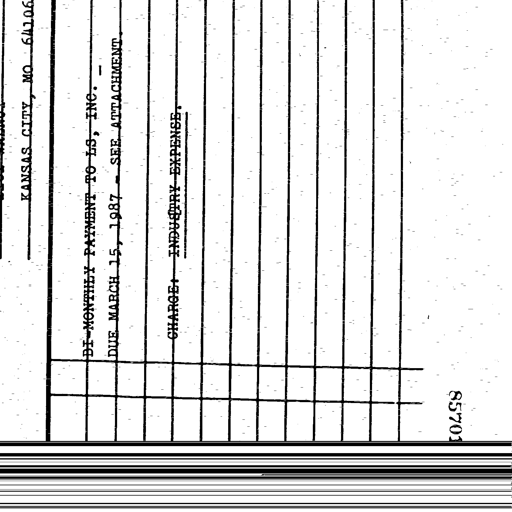
KANSAS CITY, MO 64106

BI-MONTHLY PAYMENT TO LS, INC. -
DUE MARCH 15, 1987 - SEE ATTACHMENT

CHARGE: INDUSTRY EXPENSE

85701